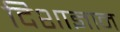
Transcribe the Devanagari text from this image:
दिशाज्ञान